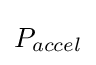
P_{accel}\,\!